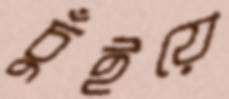
চুঁইয়ে